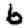
Digit: 6